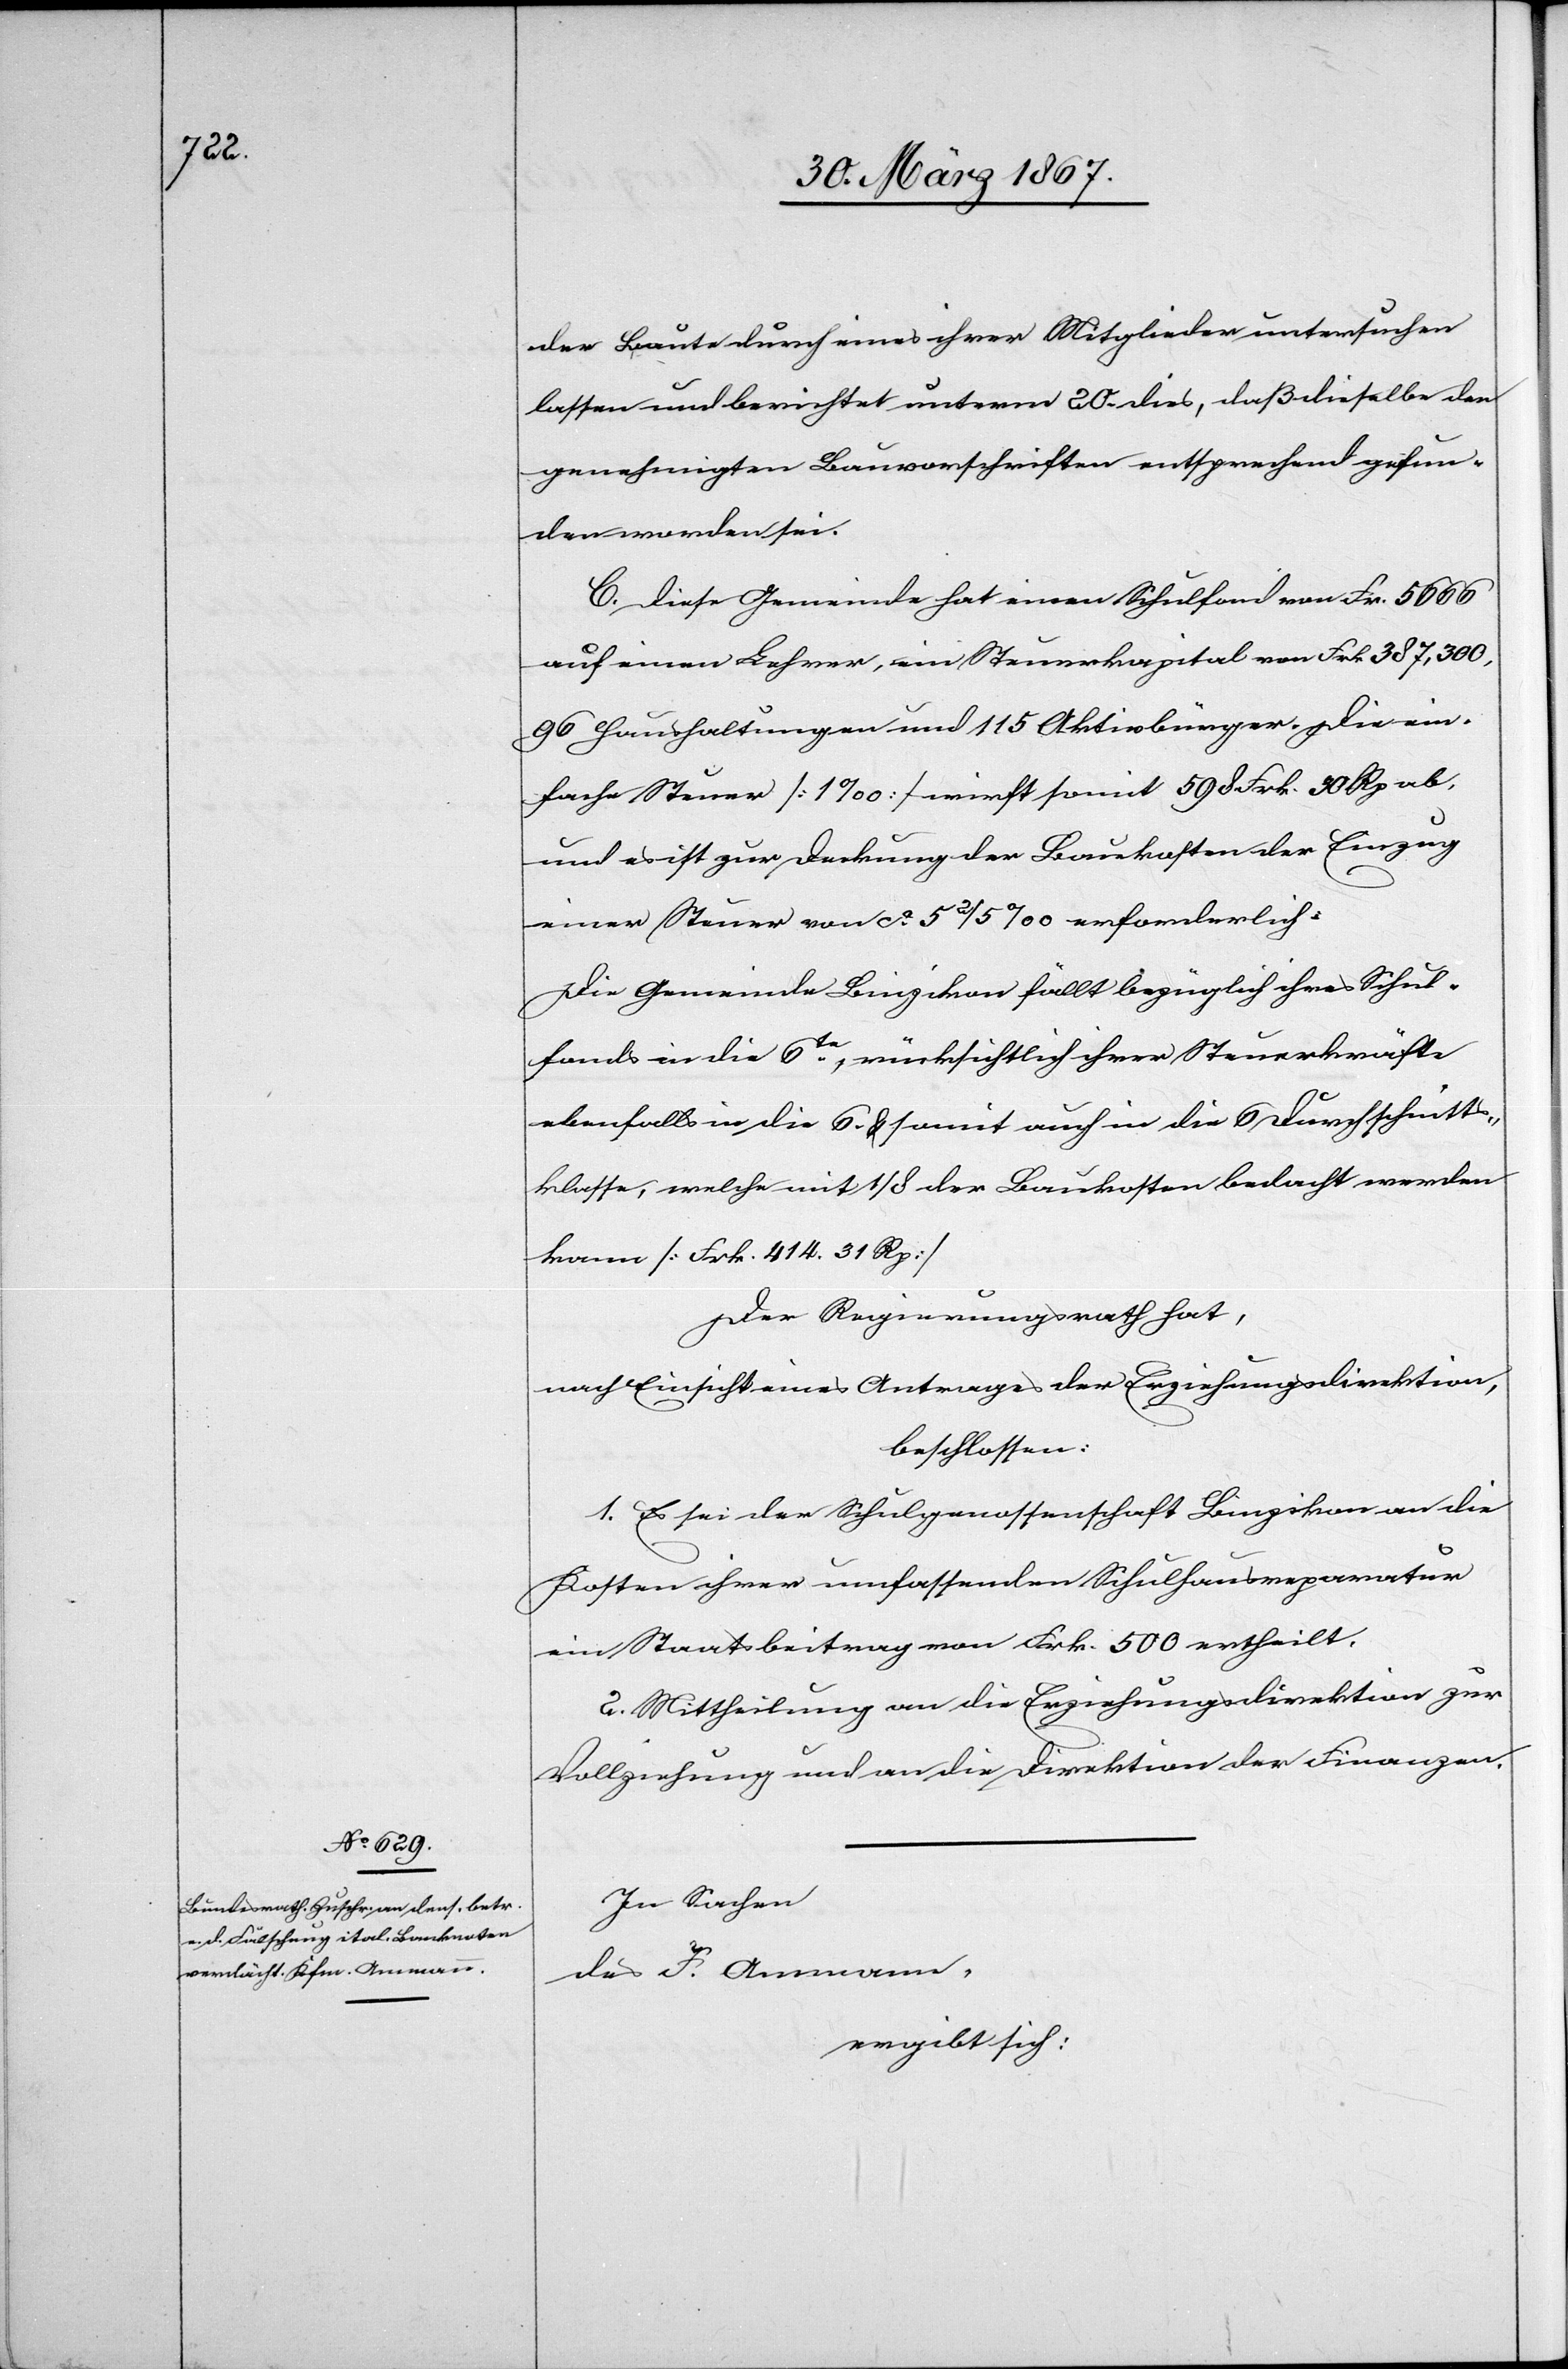
der Baute durch eines ihrer Mitglieder untersuchen
lassen und berichtet unterm 20. dies, daß dieselbe der
genehmigten Bauvorschriften entsprechend gefun¬
den worden sei.
C. Diese Gemeinde hat einen Schulfond von Frk. 5666
auf einen Lehrer, ein Steuerkapital von Frk. 387,300,
96 Haushaltungen und 115 Aktivbürger. Die ein¬
fache Steuer [1‰] wirft somit 598 Frk. 50 Rp ab,
und es ist zur Deckung der Baukosten der Einzug
einer Steuer von ca. 5 2/5 ‰ erforderlich.
Die Gemeinde Binzikon fällt bezüglich ihres Schul¬
fonds in die 6te, rücksichtlich ihrer Steuerkräfte
ebenfalls in die 6. u. somit auch in die 6 Durchschnitts¬
klasse, welche mit 1/8 der Baukosten bedacht werden
kann [Frk. 414. 31 Rp]
Der Regierungsrath hat,
nach Einsicht eines Antrages der Erziehungsdirektion,
beschlossen:
1. Es sei der Schulgenossenschaft Binzikon an die
Kosten ihrer umfassenden Schulhausreparatur
ein Staatsbeitrag von Frk. 500 ertheilt.
2. Mittheilung an die Erziehungsdirektion zur
Vollziehung und an die Direktion der Finanzen.
In Sachen
des F. Ammann,
ergibt sich: